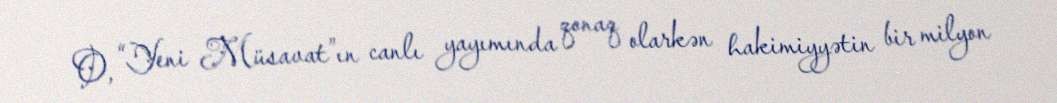
O, “Yeni Müsavat”ın canlı yayımında qonaq olarkən hakimiyyətin bir milyon